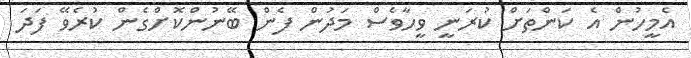
އެމީހުން އެ ކަންތަށް ކުރަނީ ވީހާވެސް މަދުން ފެން ބޭނުންކޮށްގެން ކުރެވޭ ފަދަ